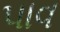
પાવ